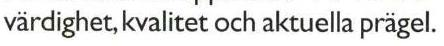
värdighet, kvalitet och aktuella prägel.